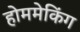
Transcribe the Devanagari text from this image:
होममेकिंग